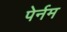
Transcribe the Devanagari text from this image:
पेर्नम